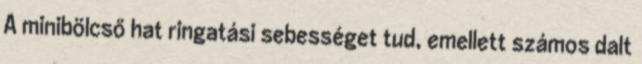
A minibölcső hat ringatási sebességet tud, emellett számos dalt